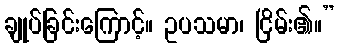
ချုပ်ခြင်းကြောင့်။ ဥပသမာ၊ ငြိမ်း၏။”